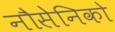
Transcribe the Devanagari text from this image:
नौसेनिको